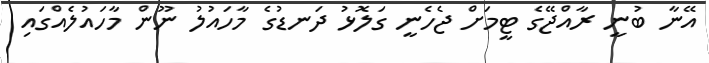
އޭނާ ބުނީ ރާއްޖޭގެ ޓީމަށް ޖެހެނީ ގަލޮޅު ދަނޑުގެ މާހައުލު ނޫން މާހައުލެއްގައި